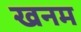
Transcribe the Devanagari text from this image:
खनम